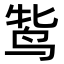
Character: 𬸋